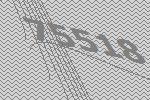
75518